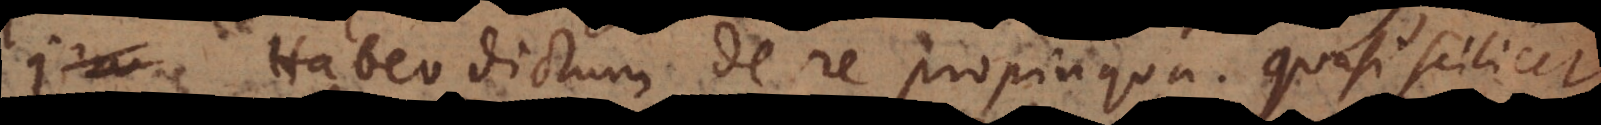
Habeo dictum de re propinqua, quasi scilicet